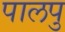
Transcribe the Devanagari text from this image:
पालपु